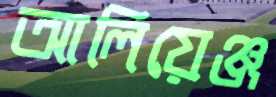
আলিয়েঞ্জ